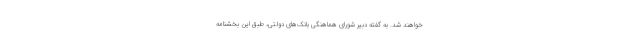
خواهند شد. به گفته دبیر شورای هماهنگی بانک‌های دولتی، طبق این بخشنامه